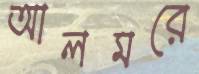
আলমরে